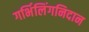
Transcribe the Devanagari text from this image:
गर्भिलिंगनिदान